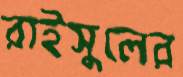
রাইসুলের